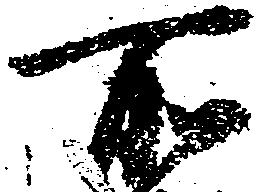
所